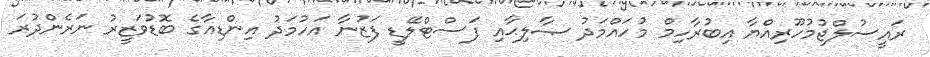
ރައީސުލްޖުމުހޫރިއްޔާ އިބުރާހިމް މުހައްމަދު ޞާލިޙާއި ފަސްޓްލޭޑީ ފަޒުނާ އަހުމަދު އިންޑިއާގެ ބޮޑުވަޒީރު ނަރެންދުރަ